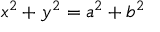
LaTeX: x ^ { 2 } + y ^ { 2 } = a ^ { 2 } + b ^ { 2 }